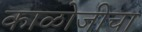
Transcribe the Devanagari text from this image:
काळोजीचा